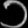
Digit: ၁